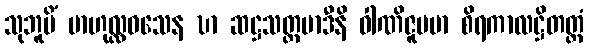
သုဘူမိံ ဗာဟုလ္လဝသေန ဎာ ဆဋ္ဌသတ္တမာဒီနိ ဝါဏိဇူပမာ စိရကာလဋ္ဌိတတ္ထံ